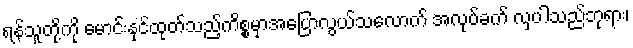
ရန်သူတို့ကို မောင်းနှင်ထုတ်သည့်ကိစ္စမှာအပြောလွယ်သလောက် အလုပ်ခက် လှပါသည်ဘုရား၊